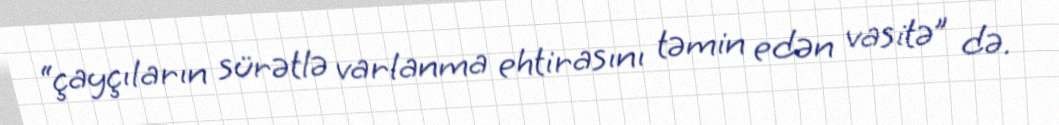
“çayçıların sürətlə varlanma ehtirasını təmin edən vasitə” də.